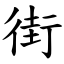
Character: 街